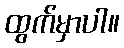
ထွက်မှာပါ။